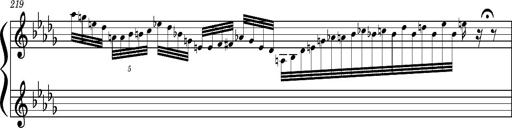
Title: Concerto sans orchestre, S.524a
Composer: Franz Liszt
Key: A major